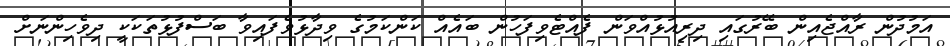
އަމުދުން ރާއްޖެއިން ބޭރުގައި ދިރިއުޅުއްވަން ފެއްޓެވިފަހުން ބައެއް ކަންކަމުގެ ވިދާޅުވެފައިވާ ބަސްފުޅުތަކަކީ ދިވެހިންނަށް